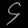
Digit: ၄